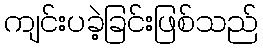
ကျင်းပခဲ့ခြင်းဖြစ်သည်